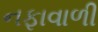
નફાવાળી